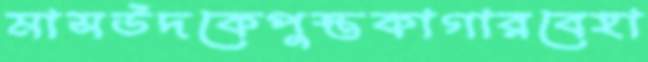
মাসউদকেপুস্তকাগারবেহা